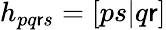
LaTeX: h_{pq\mathsf{r}s}=[ps|q\mathsf{r}]